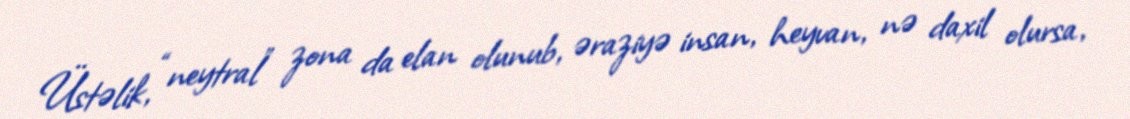
Üstəlik, “neytral” zona da elan olunub, əraziyə insan, heyvan, nə daxil olursa,